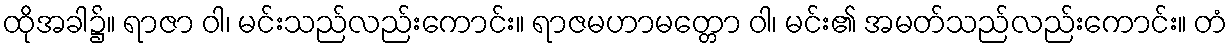
ထိုအခါ၌။ ရာဇာ ဝါ၊ မင်းသည်လည်းကောင်း။ ရာဇမဟာမတ္တော ဝါ၊ မင်း၏ အမတ်သည်လည်းကောင်း။ တံ